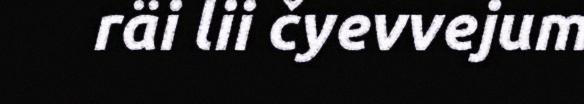
räi lii čyevvejum